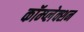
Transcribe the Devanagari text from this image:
कॉम्प्लेक्शन